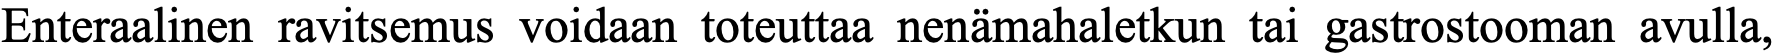
Enteraalinen ravitsemus voidaan toteuttaa nenämahaletkun tai gastrostooman avulla,